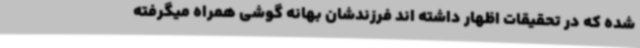
شده که در تحقیقات اظهار داشته اند فرزندشان بهانه گوشی همراه میگرفته